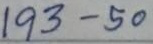
193 - 50